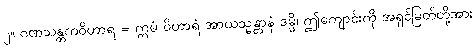
၂။ ဂဏသန္တကဝိဟာရ = ဣမံ ဝိဟာရံ အာယသ္မန္တာနံ ဒမ္မိ၊ ဤကျောင်းကို အရှင်မြတ်တို့အား